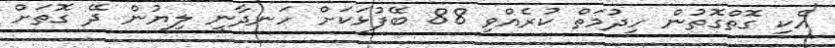
އެކި ގޮތްގޮތުން ހިދުމަތް ކުރެއްވި 88 ބޭފުޅަކަށް ހަނދާނީ ލިޔުން ދޭ ގޮތަށް